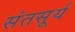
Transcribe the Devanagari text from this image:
संतसूर्य